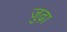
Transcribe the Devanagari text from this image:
जुढ़ा